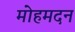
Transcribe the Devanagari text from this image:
मोहमदन